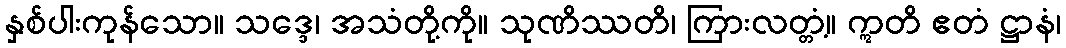
နှစ်ပါးကုန်သော။ သဒ္ဒေ၊ အသံတို့ကို။ သုဏိဿတိ၊ ကြားလတ္တံ့။ ဣတိ ဧတံ ဋ္ဌာနံ၊